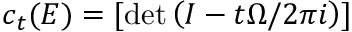
c _ { t } ( E ) = [ \operatorname* { d e t } \left( I - t { \Omega / 2 \pi i } \right) ]